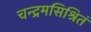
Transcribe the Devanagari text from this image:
चन्द्रमसिश्रितं